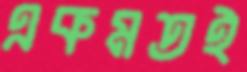
একমতই